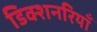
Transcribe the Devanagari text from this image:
डिक्शनरियाँ